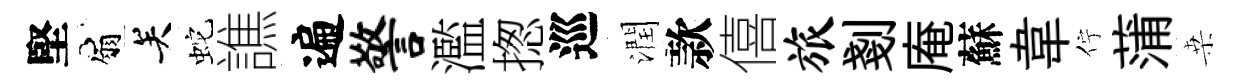
堅扇关蛇譙遍警濫揔巡潤款僖旅剗庵蘇韋佇蒲桒